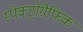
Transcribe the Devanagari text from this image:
स्पेक्ट्रोग्रैफिक